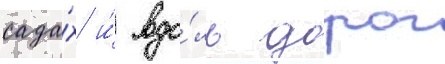
сада́х и́ вдо́ль дорог